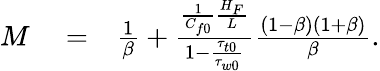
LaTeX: \begin{array}{rlr}{M}&{{}=}&{\frac{1}{\beta}+\frac{\frac{1}{C_{f0}}\frac{H_{F}}{L}}{1-\frac{\tau_{t0}}{\tau_{w0}}}\frac{(1-\beta)(1+\beta)}{\beta}.}\end{array}